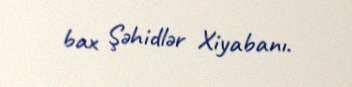
bax Şəhidlər Xiyabanı.